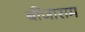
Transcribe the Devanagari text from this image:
बींजाराम